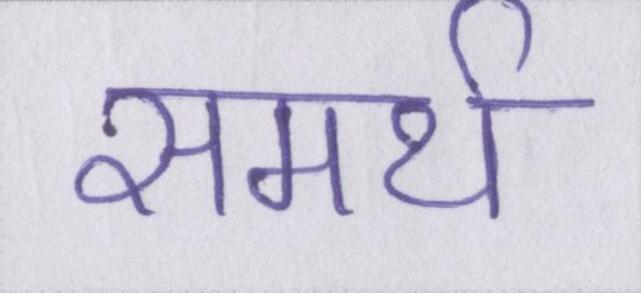
समर्थ